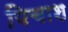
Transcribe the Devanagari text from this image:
पिचाश